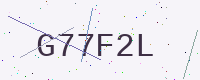
Text: G77F2L